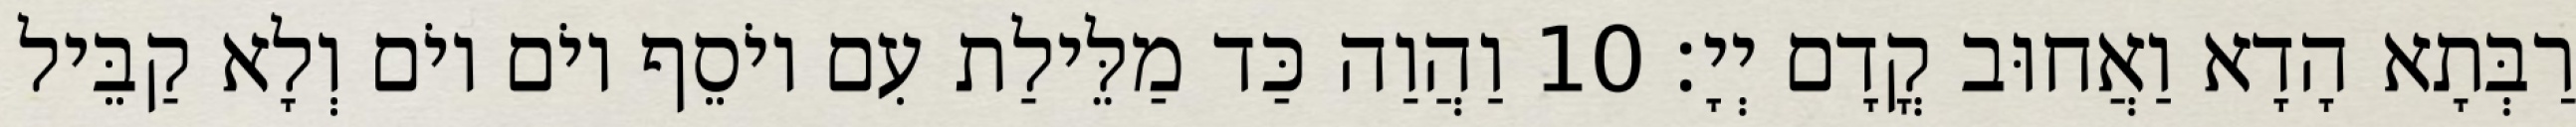
רַבְּתָא הָדָא וַאֲחוּב קֳדָם יְיָ׃ 10 וַהֲוַה כַּד מַלֵּילַת עִם יוֹסֵף יוֹם יוֹם וְלָא קַבֵּיל